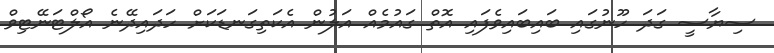
ސިޔާސީ ގަދަ ހޫނުގައި ބައިބައިވެފައި އޮތް ގައުމެއް އަލުން އެކަތިގަނޑަކަށް ހަދައިދޭނެ އޯލްޓަނޭޓިވް